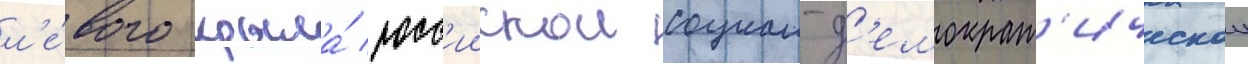
л'е́вого крыла́ росс'иискои социал-д'емократ'ическои